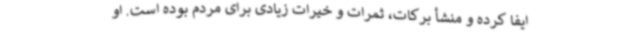
ایفا کرده و منشأ برکات، ثمرات و خیرات زیادی برای مردم بوده است. او